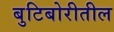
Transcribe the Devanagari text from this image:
बुटिबोरीतील